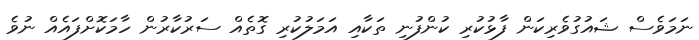
ނަމަވެސް ޝައުގުވެރިކަން ފާޅުކުރި ކުންފުނި ތަކާއި އަމަލުކުރި ގޮތެއް ސަރުކާރުން ހާމަކޮށްފައެއް ނުވެ